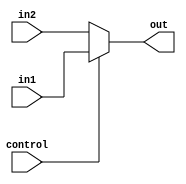
module mux1#(parameter W = 32)
(input control,
input [W-1:0] in1, in2,
output reg [W-1:0]out);

always@(*)
begin
	out <= 32'h00000000;
	if (control)
	out <= in1;
	else
	out <= in2;
end
endmodule